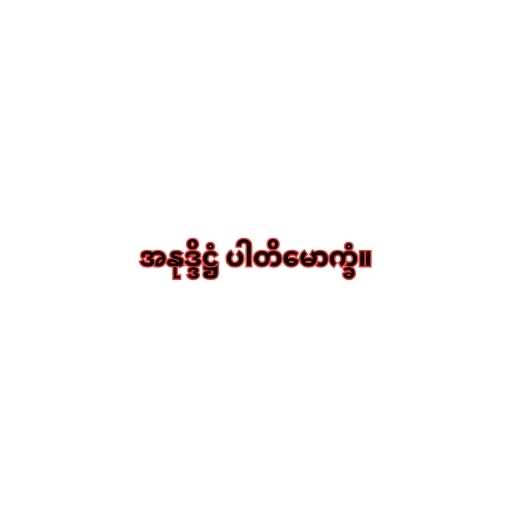
အနုဒ္ဒိဋ္ဌံ ပါတိမောက္ခံ။